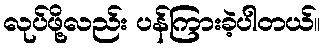
လုပ်ဖို့လည်း ပန်ကြားခဲ့ပါတယ်။